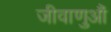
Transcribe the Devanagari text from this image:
जीवाणुऔं